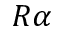
R \, \! \alpha